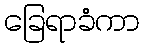
ခြေရာခံကာ